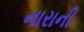
નારાની